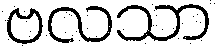
ဗလသာ